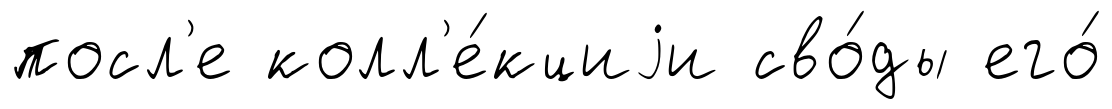
посл'е колл'е́кциjи сво́ды его́